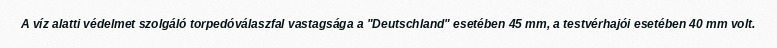
A víz alatti védelmet szolgáló torpedóválaszfal vastagsága a "Deutschland" esetében 45 mm, a testvérhajói esetében 40 mm volt.